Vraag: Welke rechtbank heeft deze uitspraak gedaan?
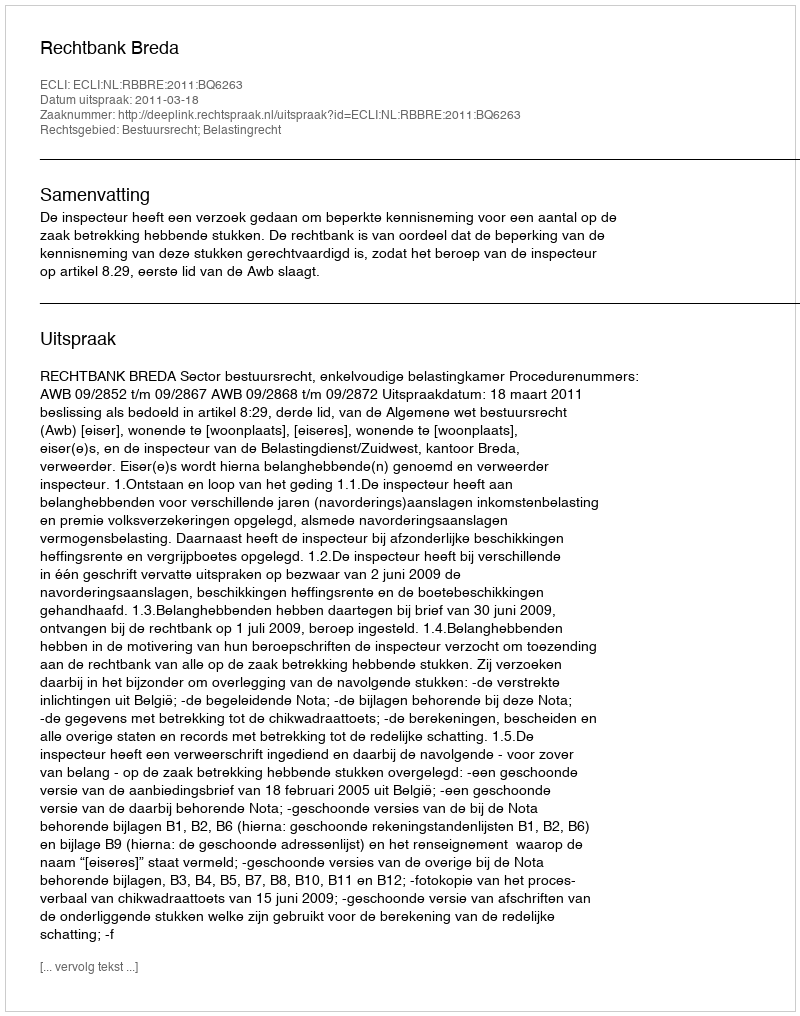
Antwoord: Rechtbank Breda